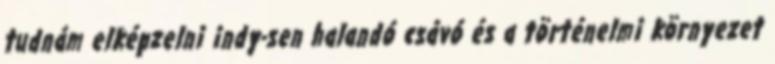
tudnám elképzelni indy-sen halandó csávó és a történelmi környezet